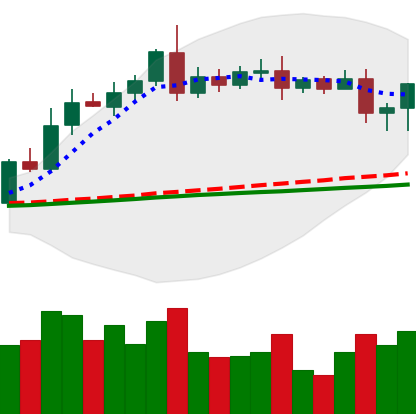
Ticker: LTC-USD
Chart end date: 2020-08-13
Forward return: 13.485%
Label: up_7plus